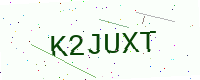
Text: K2JUXT